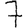
Digit: 7